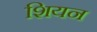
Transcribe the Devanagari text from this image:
शियन